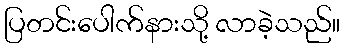
ပြတင်းပေါက်နားသို့ လာခဲ့သည်။